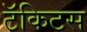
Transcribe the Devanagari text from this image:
टॅकिटस